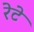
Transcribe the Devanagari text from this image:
रेटे